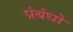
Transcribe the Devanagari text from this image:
प्रंबंधो